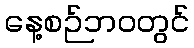
နေ့စဉ်ဘဝတွင်